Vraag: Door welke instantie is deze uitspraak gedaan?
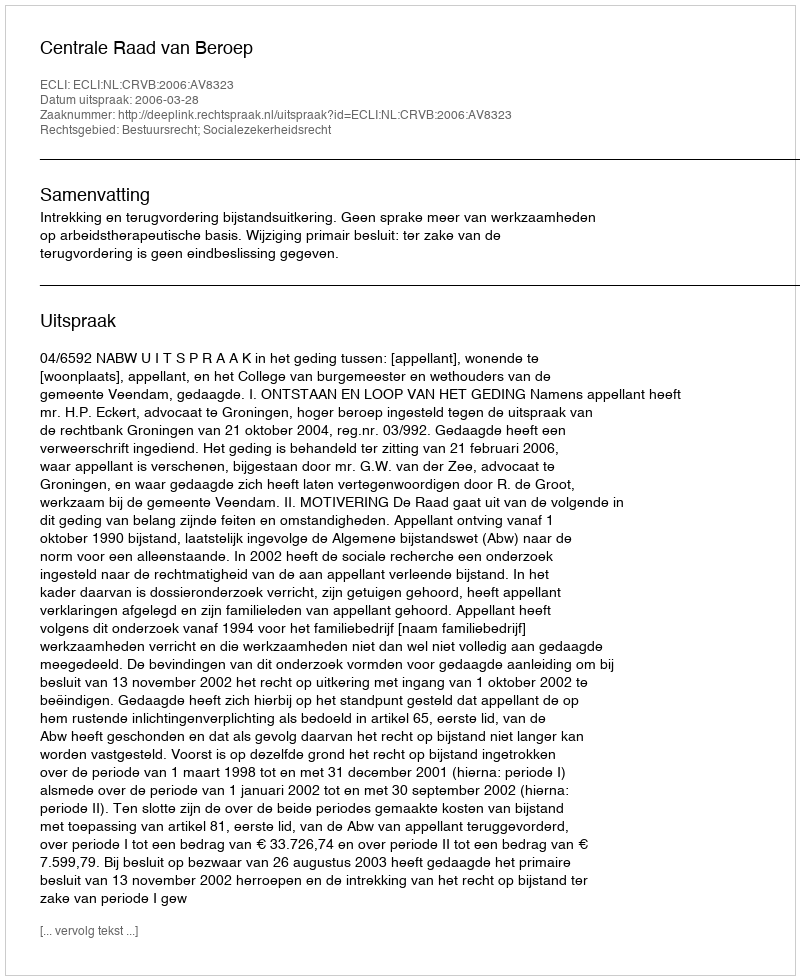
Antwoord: Centrale Raad van Beroep